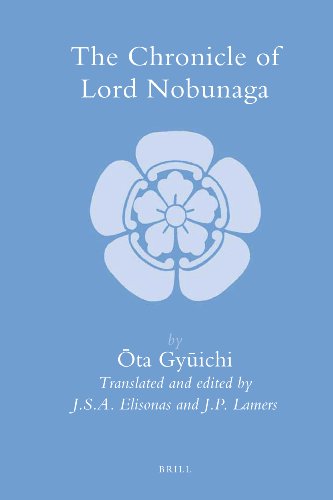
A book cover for The Chronicle of Lord Nobunaga (Brill's Japanese Studies Library); ta Gyichi.   J.S.A. Elisonas  J.P. Lamers; Biographies & Memoirs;